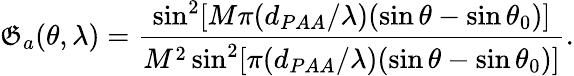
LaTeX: \mathfrak{G}_{a}(\theta,\lambda)=\frac{{\sin^{2}[M\pi(d_{PAA}/\lambda)(\sin\theta-\sin\theta_{0})]}}{{M^{2}\sin^{2}[\pi(d_{PAA}/\lambda)(\sin\theta-\sin\theta_{0})]}}.